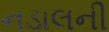
નડાલની